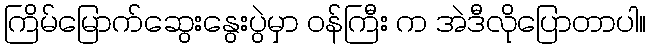
ကြိမ်မြောက်ဆွေးနွေးပွဲမှာ ဝန်ကြီး က အဲဒီလိုပြောတာပါ။